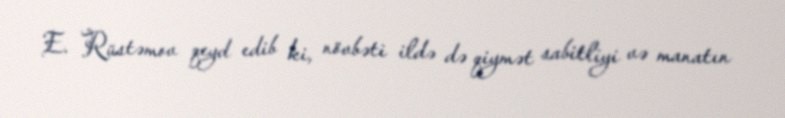
E. Rüstəmov qeyd edib ki, növbəti ildə də qiymət sabitliyi və manatın